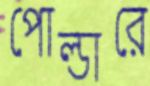
পোল্ডারে